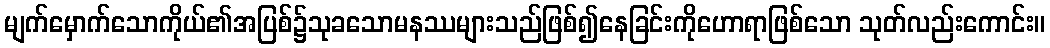
မျက်မှောက်သောကိုယ်၏အပြစ်၌သုခသောမနဿများသည်ဖြစ်၍နေခြင်းကိုဟောရာဖြစ်သော သုတ်လည်းကောင်း။